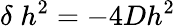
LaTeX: \delta\; h^{2}=-4Dh^{2}